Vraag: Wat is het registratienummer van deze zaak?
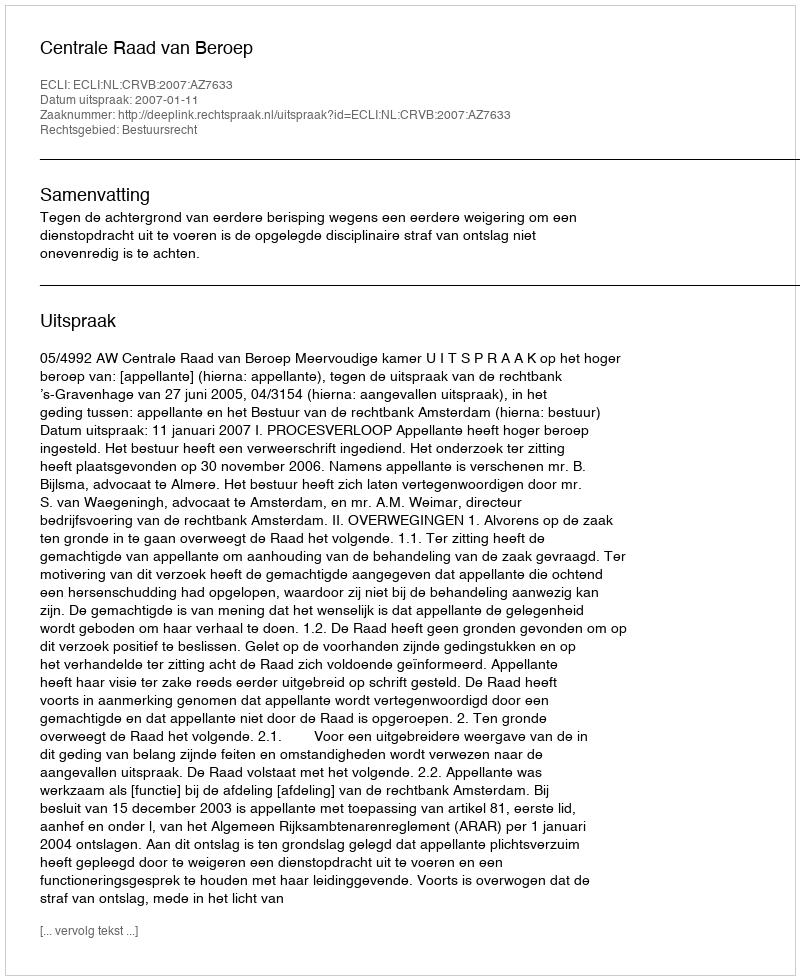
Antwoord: http://deeplink.rechtspraak.nl/uitspraak?id=ECLI:NL:CRVB:2007:AZ7633